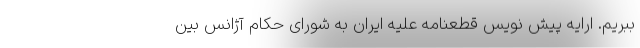
ببریم. ارایه پیش نویس قطعنامه علیه ایران به شورای حکام آژانس بین